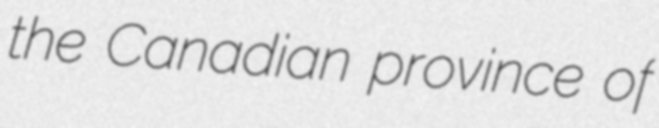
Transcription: the Canadian province of